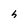
Character: h